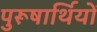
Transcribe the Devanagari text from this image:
पुरूषार्थियों